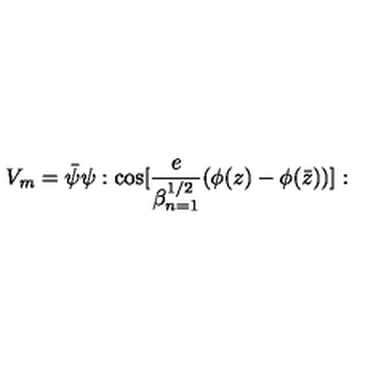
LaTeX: V _ { m } = { \bar { \psi } } \psi : \mathrm { c o s } [ { \frac { e } { \beta _ { n = 1 } ^ { 1 / 2 } } } ( \phi ( z ) - \phi ( { \bar { z } } ) ) ] :